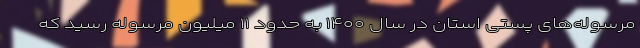
مرسوله‌های پستی استان در سال ۱۴۰۰ به حدود ۱۱ میلیون مرسوله رسید که